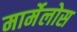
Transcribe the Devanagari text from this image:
मार्मेलोस